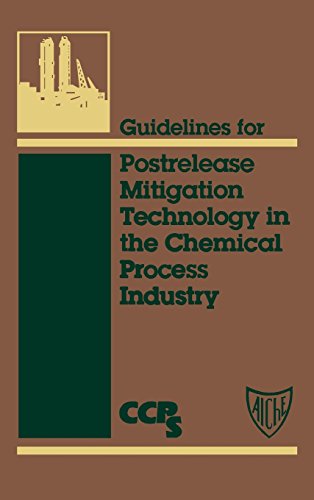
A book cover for Guidelines for Postrelease Mitigation Technology in the Chemical Process Industry; CCPS (Center for Chemical Process Safety); Science & Math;